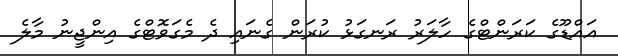
އައްޑޫގެ ކަރަންޓްގެ ހާލަރު ރަނގަޅު ކުރަން ގެނައި ދެ މެގަވޮޓްގެ އިންޖީނު މާލެ